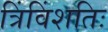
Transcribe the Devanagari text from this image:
त्रिंविंशतिः